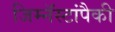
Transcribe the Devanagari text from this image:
जिम्नॅस्टांपैकी